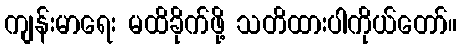
ကျန်းမာရေး မထိခိုက်ဖို့ သတိထားပါကိုယ်တော်။